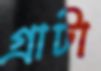
গ্রাটা